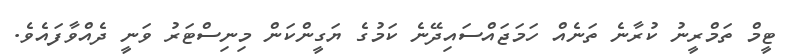
ޓީމް ތަމްރީނު ކުރާނެ ތަނެއް ހަމަޖައްސައިދޭނެ ކަމުގެ ޔަގީންކަން މިނިސްޓަރު ވަނީ ދެއްވާފައެވެ.